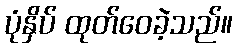
ပုံနှိပ် ထုတ်ဝေခဲ့သည်။